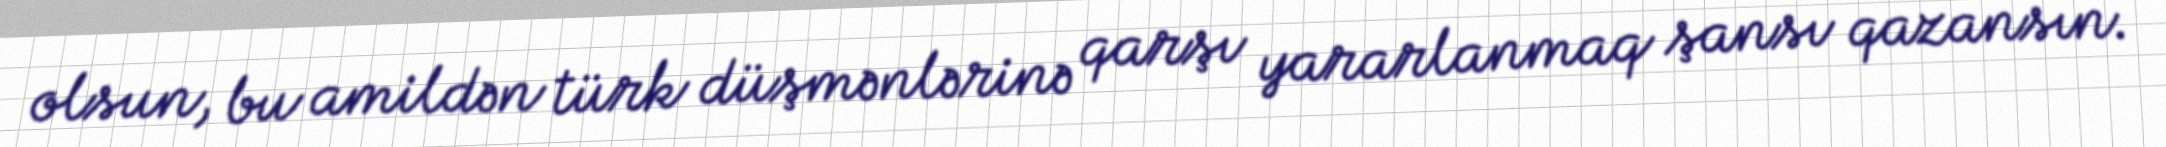
olsun, bu amildən türk düşmənlərinə qarşı yararlanmaq şansı qazansın.